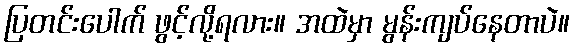
ပြတင်းပေါက် ဖွင့်လို့ရလား။ အထဲမှာ မွန်းကျပ်နေတာပဲ။